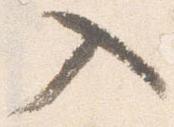
入